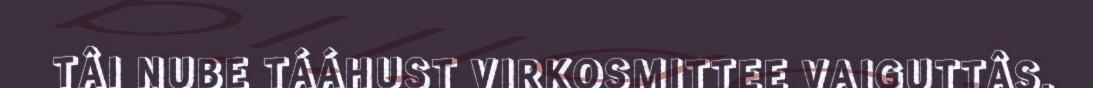
TÂI NUBE TÁÁHUST VIRKOSMITTEE VAIGUTTÂS.